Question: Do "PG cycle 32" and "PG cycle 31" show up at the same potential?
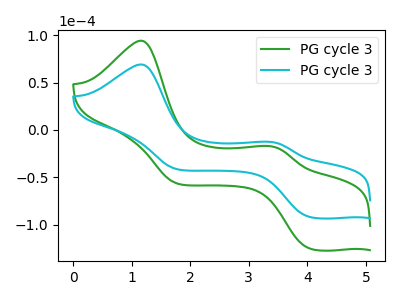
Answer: <think>The green curve "PG cycle 31" has anodic peaks at (1.15V, 94.35uA) (3.35V, -17.05uA) and cathodic peaks at (4.05V, -125.00uA) (1.80V, -56.40uA). The cyan curve "PG cycle 32" has anodic peaks at (1.15V, 69.25uA) (3.35V, -12.50uA) and cathodic peaks at (4.05V, -91.70uA) (1.80V, -41.35uA).
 All the peaks in "PG cycle 32" have a peak in "PG cycle 31" at the same potential.</think>
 <answer>"PG cycle 32" and "PG cycle 31" are similar in shape.</answer>
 <eval>same_shape</eval>